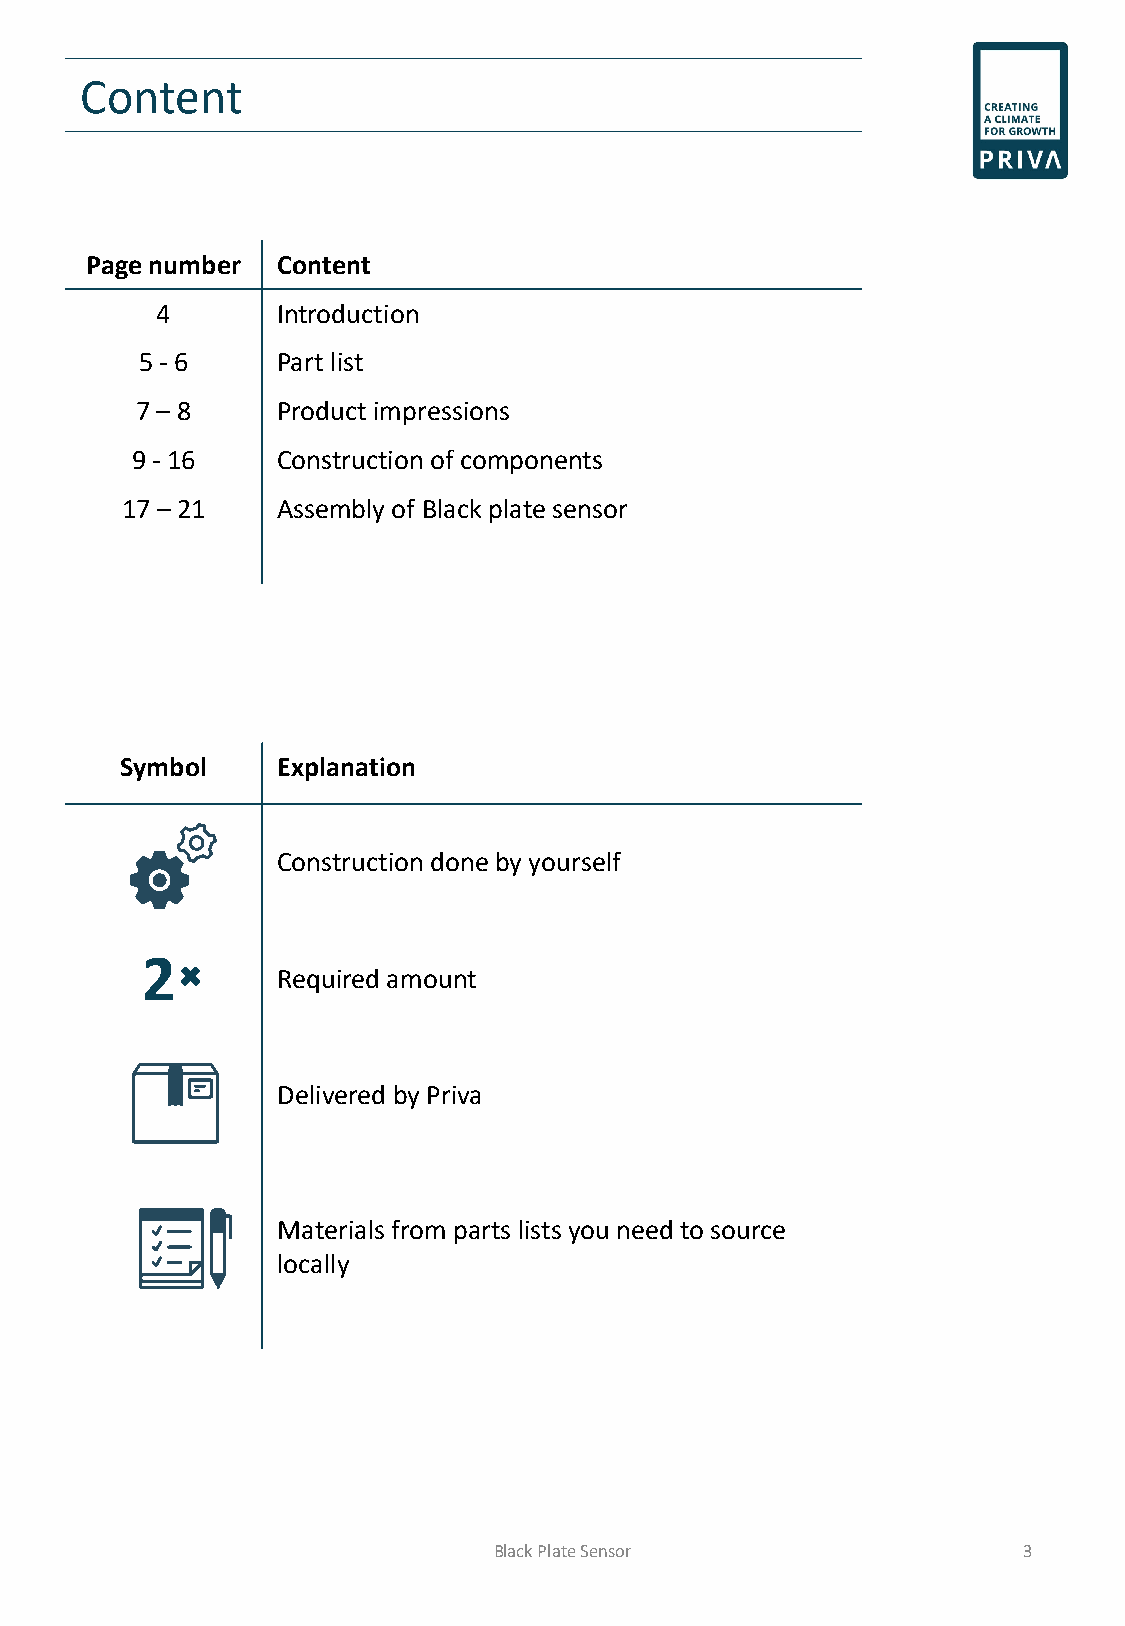
Content
 Page number Content
 4       Introduction
 5 - 6    Part list
 7 – 8    Product impressions
 9 - 16   Construction of components
 17 –21    Assembly of Black plate sensor
 Symbol    Explanation
 Construction done by yourself
 2
 Required amount
 Delivered by Priva
 Materials from parts lists you need to source
 locally
 Black Plate Sensor                 3